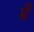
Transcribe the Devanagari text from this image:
भें